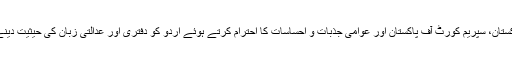
ہمارا حکومت پاکستان سے مطالبہ ہے کہ وہ دستور پاکستان، سپریم کورٹ آف پاکستان اور عوامی جذبات و احساسات کا احترام کرتے ہوئے اردو کو دفتری اور عدالتی زبان کی حیثیت دینے کے لیے جلد از جلد اور مؤثر اقدامات کا اہتمام کرے۔